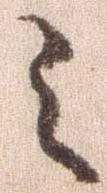
之